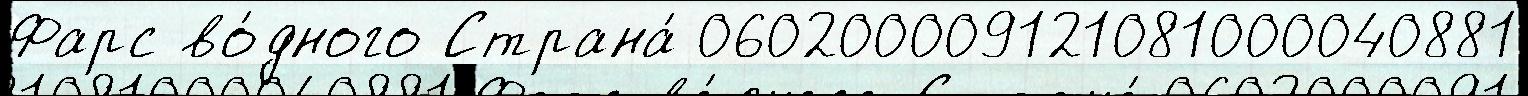
Фарс во́дного Страна́ 060200009121081000040881